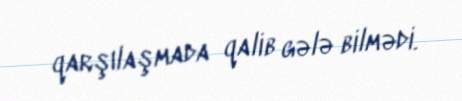
qarşılaşmada qalib gələ bilmədi.